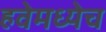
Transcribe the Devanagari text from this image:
हवेमध्येच